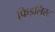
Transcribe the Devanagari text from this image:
फिडलिस्ट